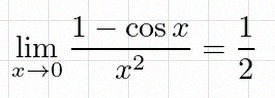
\lim_{x\to0}\frac{1-\cos x}{x^2}=\frac12